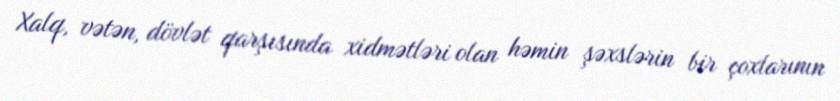
Xalq, vətən, dövlət qarşısında xidmətləri olan həmin şəxslərin bir çoxlarının